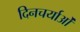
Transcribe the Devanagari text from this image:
दिनचर्याओं